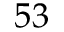
5 3